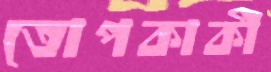
তোপকাকী